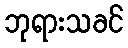
ဘုရားသခင်